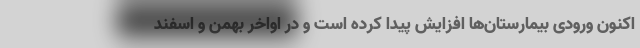
اکنون ورودی بیمارستان‌ها افزایش پیدا کرده است و در اواخر بهمن و اسفند